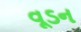
વૂડન